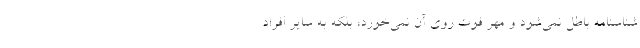
شناسنامه باطل نمي‌شود و مهر فوت روي آن نمي‌خورد، بلكه به ساير افراد